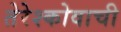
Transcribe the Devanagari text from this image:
तेरेश्कोवाची